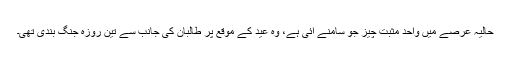
حالیہ عرصے میں واحد مثبت چیز جو سامنے آئی ہے، وہ عید کے موقع پر طالبان کی جانب سے تین روزہ جنگ بندی تھی۔